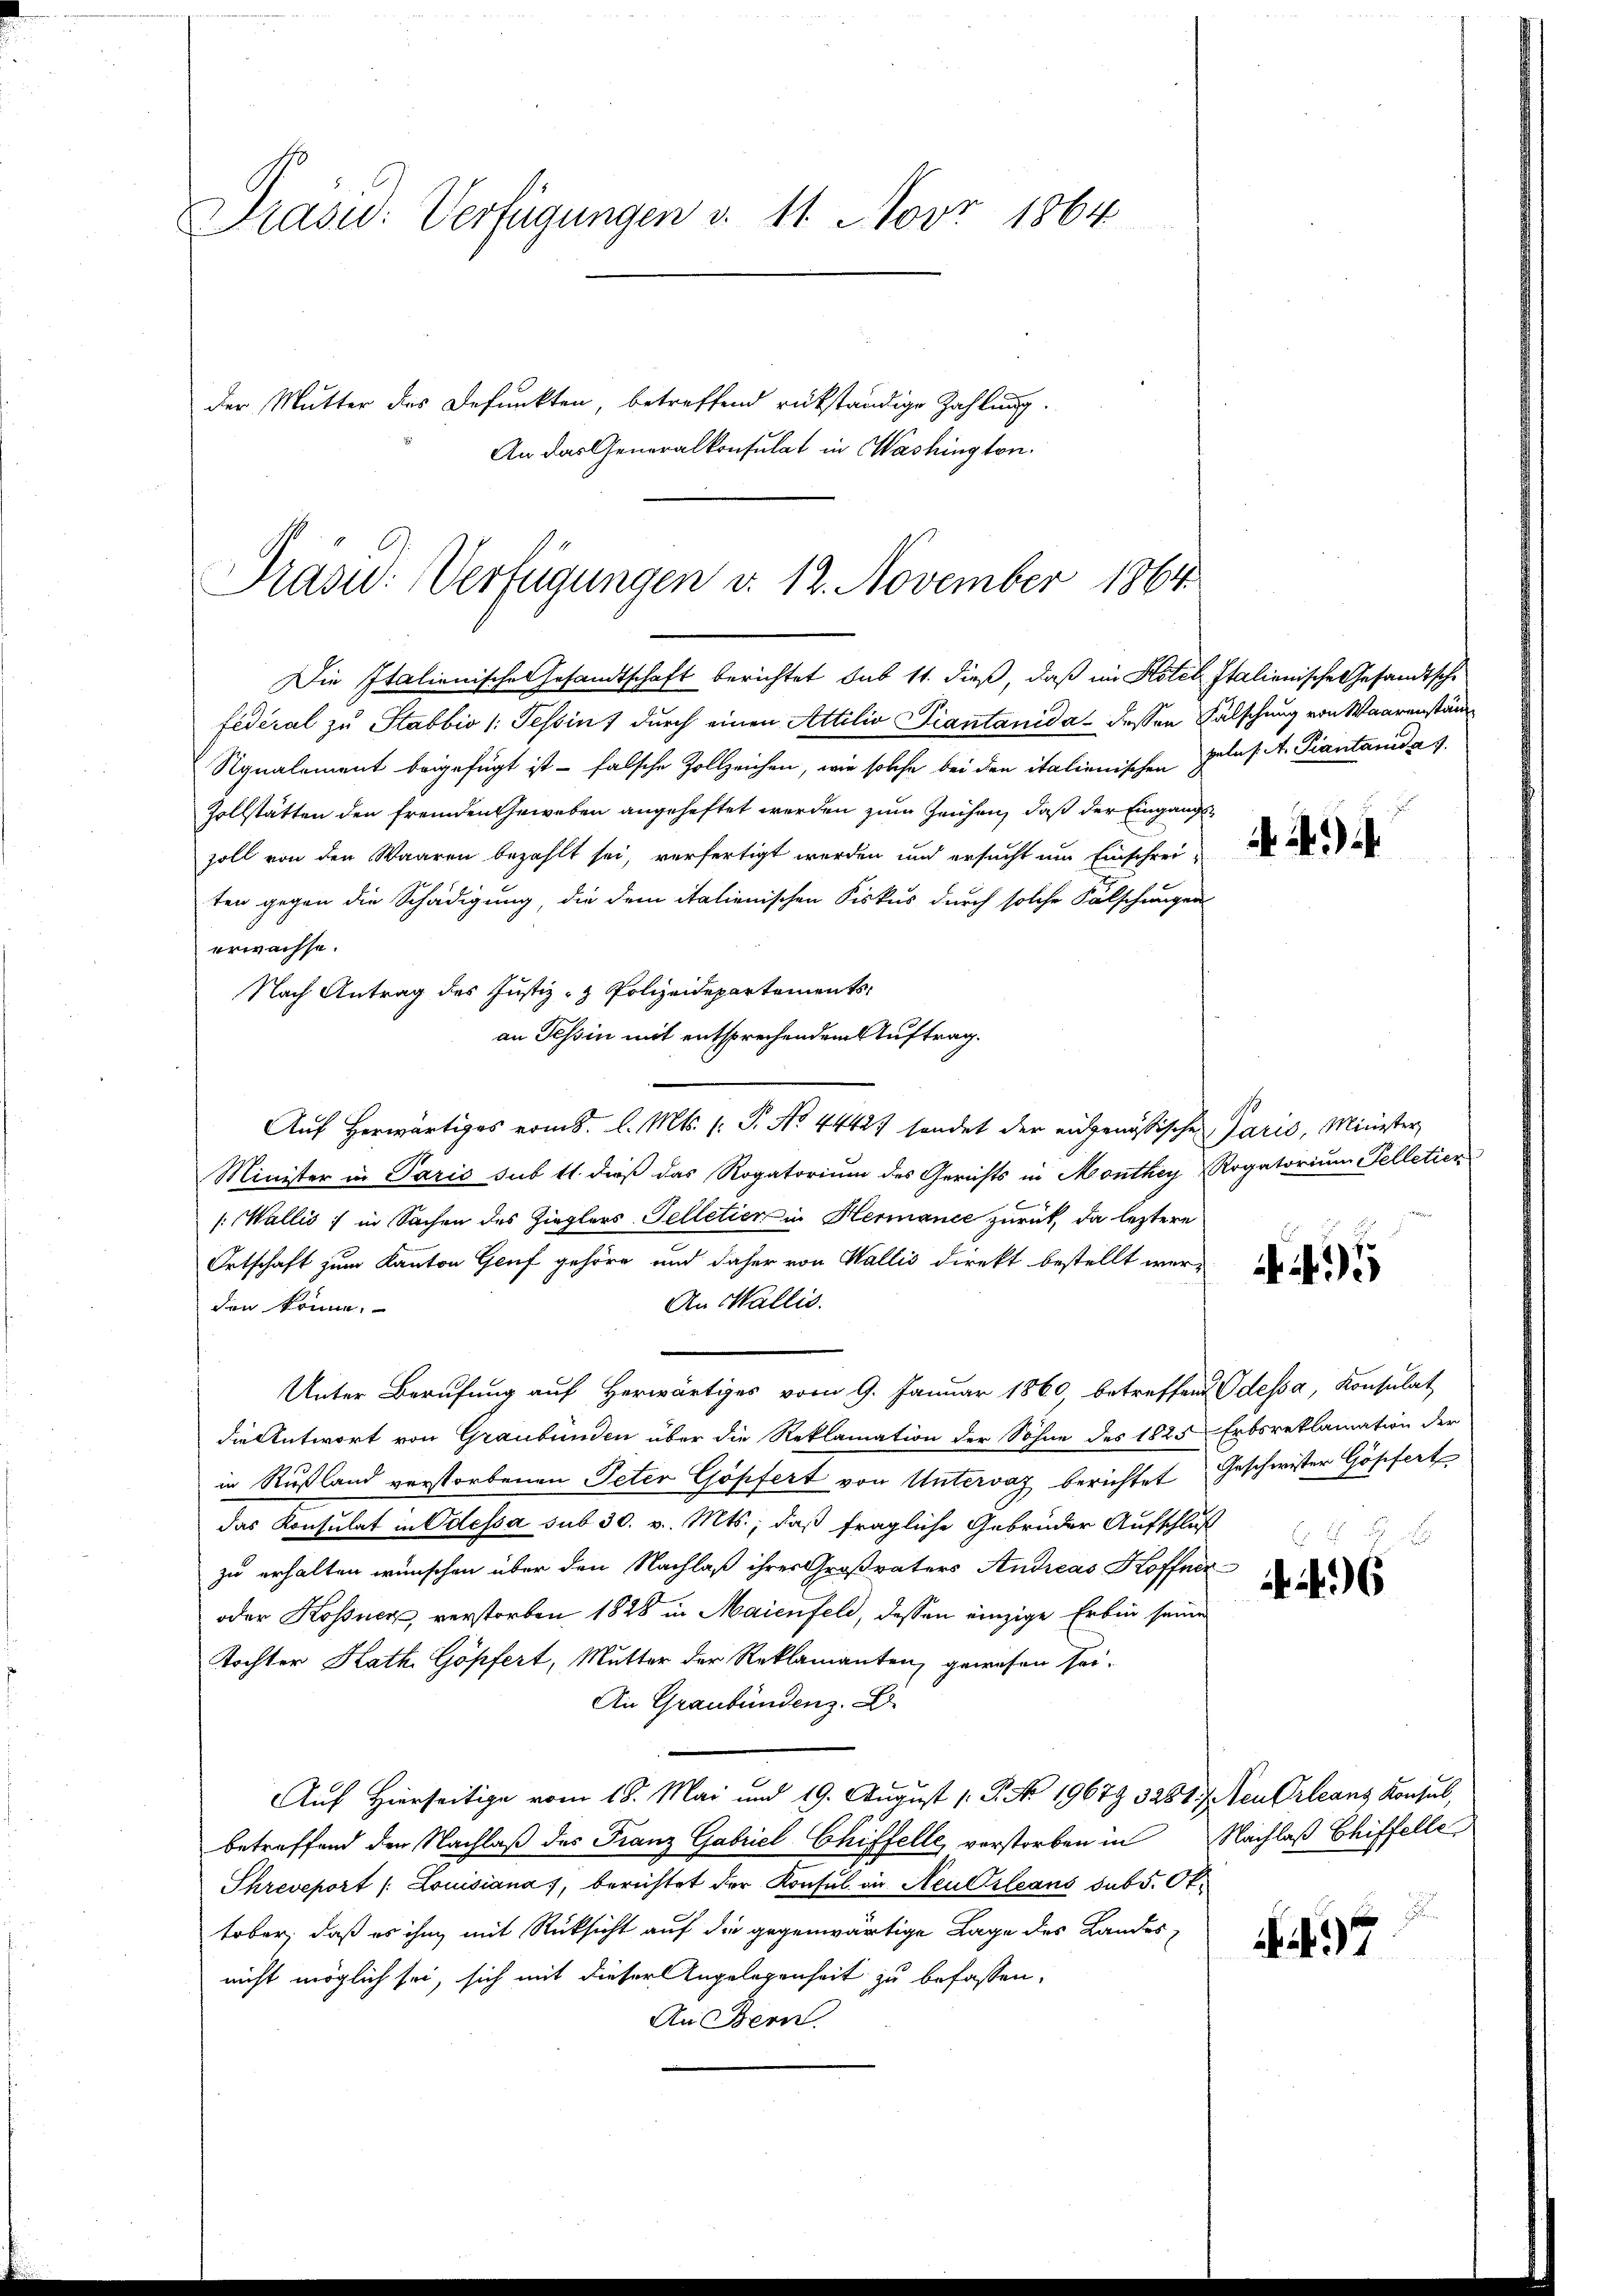
Präsid. Verfügungen v. 11. Nov. 1864
der Mutter des Defunkten, betreffend rükständige Zahlung.
An das Generalkonsulat in Washington.

Präsid. Verfügungen d. 12. November 1864.
Die Italienische Gesandtschaft berichtet sub 11. dieß, daß im Hotel Italienische Gesandtsche

Nach Antrag des Justiz- & Polizeidepartementsan Tessin mit entsprechendem Auftrag.

fédéral zu Stabbio (: Tessin, durch einen Attilio Piantanida - dessen Fälschung von Waarenständ
Signalement beigefügt ist - falsche Zollzeichen, wie solche bei den italienischen Gelas. A. Piantanida 1.
Zollstätten den fremden Geweben angeheftet werden zum Zeichen, daß der Eingangssoll von den Waaren bezahlt sei, verfertigt werden und ersŭcht ŭm Einschreiten gegen die Schädigung, die dem italienischen Fiskus durch solche Fälschungen
erwachse.
Auf herwärtiges vom 8. l. Mts. (: P. No. 4442) sondet der eidgenössischen Paris, Minister
Minister in Paris sub 11. dieß das Rogatorium des Gerichts in Monthey Rogatorium Telletier
(Wallis :/ in Sachen des Zieglers Telletier in Hermance zurück, da leztere
Ortschaft zum Kanton Genf gehöre und daher von Wallis direkt bestellt wer¬
An Wallis.
den könne.
Unter Berufung auf Herwärtiges vom 9. Januar 1860, betreffend Odessa, Konsulat
die Antwort von Graubünden über die Reklamation der Söhne des 1825 Erbsreklamation der
in Rußland verstorbenen Peter Göpfert von Untervaz berichtet Geschwister Göpfert
das Konsulat in Odessa sub 30. v. Mts., daß fragliche Gebrüder Aufschluß
zu erhalten wünschen über den Nachlaß ihres Großvaters Andreas Hoffner
oder Kossner, verstorben 1828 in Maienfeld, dessen einzige Erben seine
Tochter Kath. Göpfert, Mutter der Reklamanten, gewesen sei¬
An Graubündenz. E
Auf Hierseitige vom 18. Mai und 19. August ( P. No. 19679 3281 f. Neu Orleans Konsul,
betreffend den Nachlaß des Franz Gabriel Chiffelle verstorben in Nachlaß Chiffelle
Shreveport /: Louisiana, berichtet der Konsul in Neukleans sub 5. Ot
tober, daß es ihm mit Rücksicht auf die gegenwärtige Lage des Landes-
nicht möglich sei, sich mit dieser Angelegenheit zu befassen,
An Bern

E

6

47

u